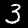
Label: 3